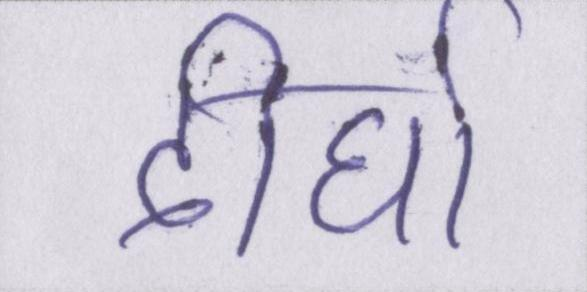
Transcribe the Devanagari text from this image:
दीर्घा